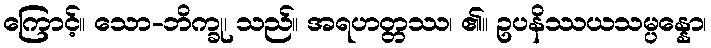
ကြောင့်။ သော-ဘိက္ခု၊ သည်။ အရဟတ္တဿ၊ ၏။ ဥပနိဿယသမ္ပန္နော၊